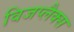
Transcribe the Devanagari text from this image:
विजप्लैक्स